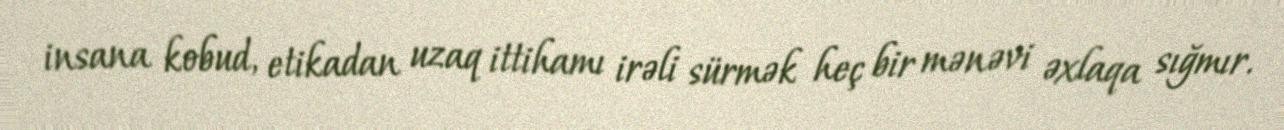
insana kobud, etikadan uzaq ittihamı irəli sürmək heç bir mənəvi əxlaqa sığmır.